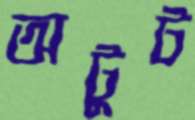
অটুট